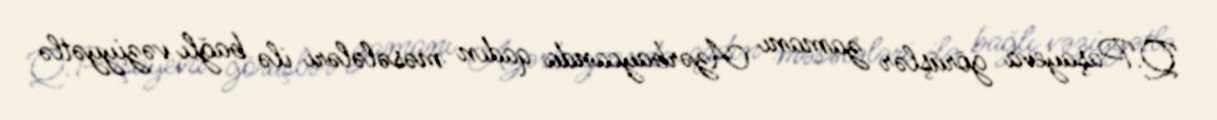
Q.Paşayeva görüşlər zamanı Azərbaycanda qadın məsələləri ilə bağlı vəziyyətlə